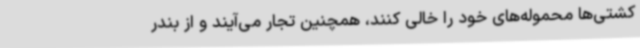
کشتی‌ها محموله‌های خود را خالی کنند، همچنین تجار می‌آیند و از بندر